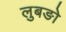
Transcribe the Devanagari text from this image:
लुबङो